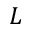
L